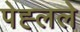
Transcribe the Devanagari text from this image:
पेह्लले